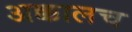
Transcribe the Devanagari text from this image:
अक्कालच